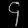
Digit: ၄